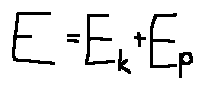
E = E _ { k } + E _ { p }